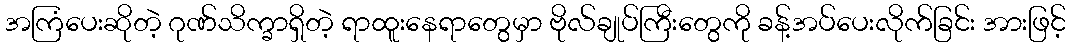
အကြံပေးဆိုတဲ့ ဂုဏ်သိက္ခာရှိတဲ့ ရာထူးနေရာတွေမှာ ဗိုလ်ချုပ်ကြီးတွေကို ခန့်အပ်ပေးလိုက်ခြင်း အားဖြင့်